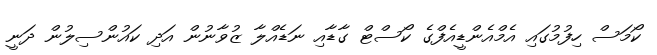
ކޯމަސް ހިފުމުގައި އެމްއެންޑީއެފްގެ ކޯސްޓް ގާޑާއި ނަޑެއްލާ ޒުވާނުން އަދި ކައުންސިލުން ދަނީ